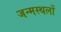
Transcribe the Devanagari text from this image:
जन्मस्थलों